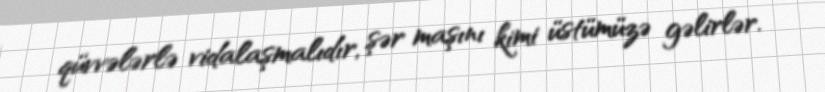
qüvvələrlə vidalaşmalıdır, şər maşını kimi üstümüzə gəlirlər.